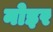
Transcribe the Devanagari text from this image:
नोइर